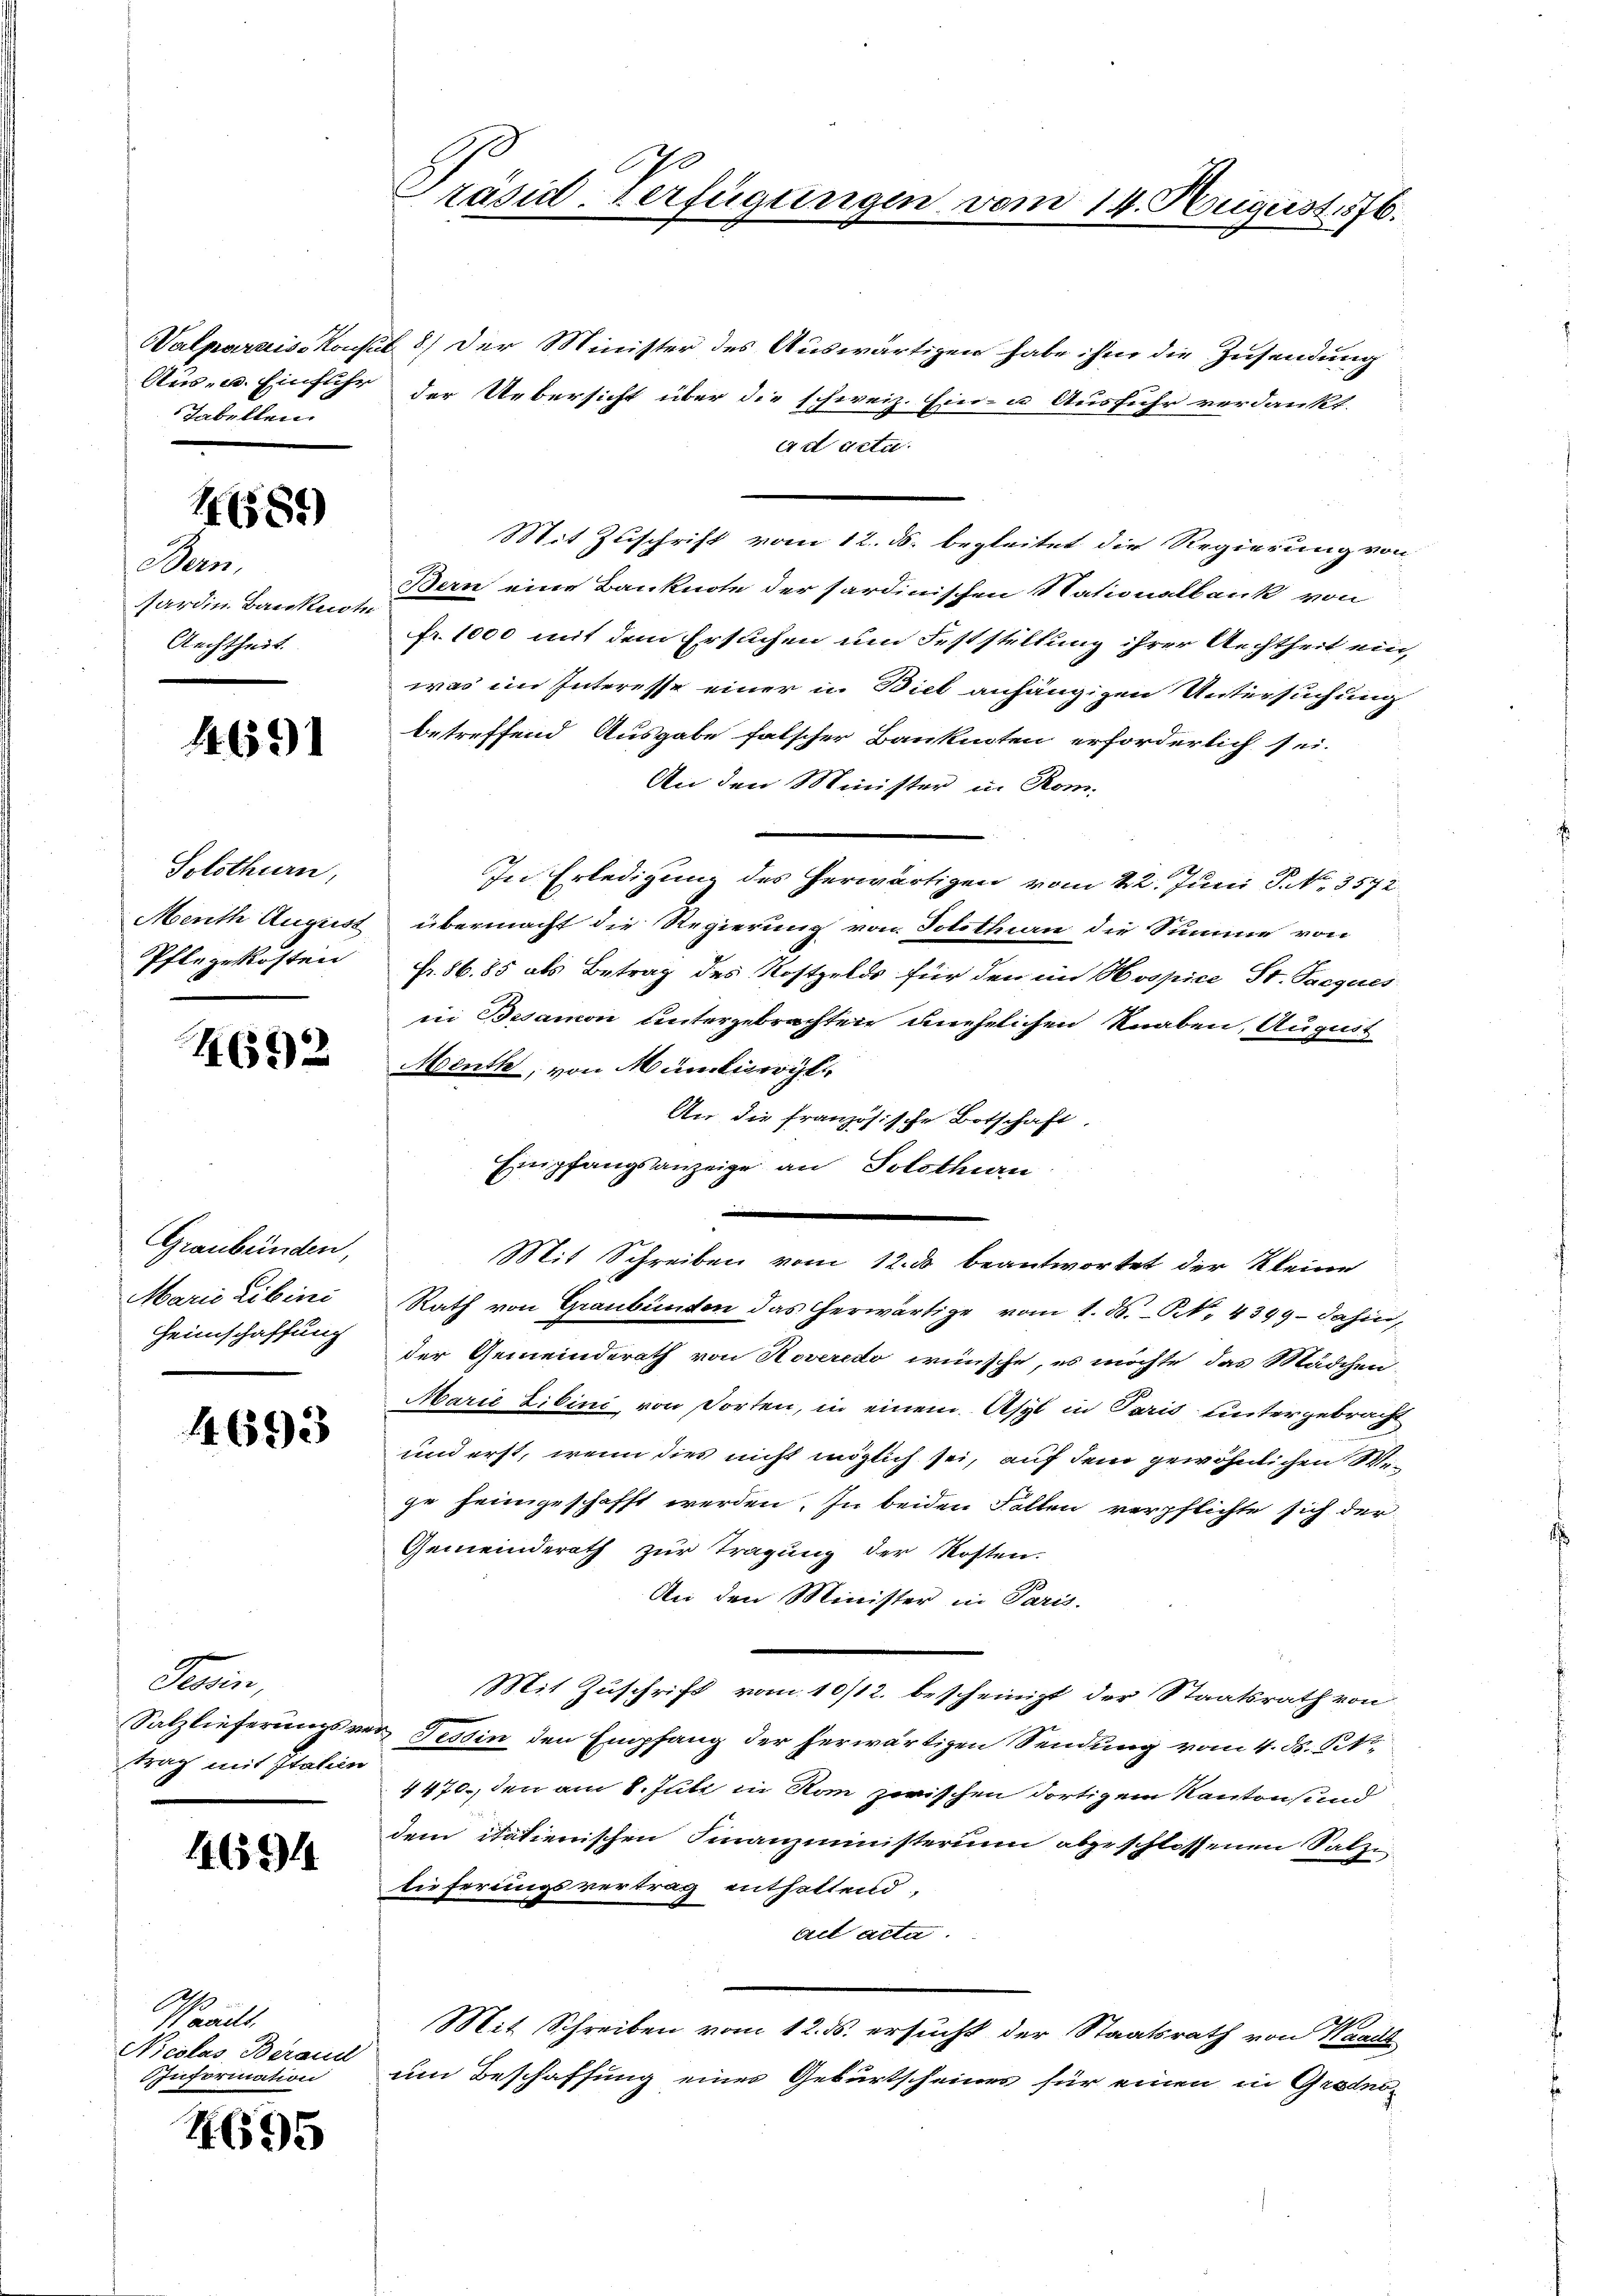
Valparariss Konsin
Aus- u. Einführ
Tabellen.

1681)

Bern.
ardin. Baukuch
Aechtheit.

4691

Solothurn,
Menth August
Pflegekosten

4692

Graubünden,
Marie Libini
Heimschaffung

4693

Farin,
Salzlieferungsve
trag mit Italien

4694

Pauls.
Nicolas Berand
IInformation

4695

G
Präsid. Verfügungen vom 14. August 1876.

8) Der Minister des Auswärtigen habe ihm die Zusendung
der Uebersicht über die schweiz. Ein- u Ausführ verdankt.
ad actu
Mit Zuschrift vom 12. ds. begleitet die Regierung von
Bern eine Banknote der Sardinischen Nationalbank von
fr. 1000 mit dem Ersuchen um Feststellung ihrer Rechtheit ein,
was im Interesse einer u. Biel anhängigen Untersuchung
betreffend Ausgabe falscher Banknoten erforderlich sei.
An den Minister in Rom.
In Erledigung des herwärtigen vom 22. Juni P. Nr. 3572.
übermacht die Regierung von Solothin die Summe von
Fr. 86. 85 als Betrag des Kostgelds für den im Hospice St. Jacques
in Besamon untergebrachten unehelichen Knaben, August
Menth, von Müntivergl
An die französische Botschaft.
Empfangsanzeige an Solothurn
Mit Schreiben vom 12. ds beantwortet der Kleine
Rath von Graubünden das herwärtige vom 1. ds. N. 4399 Jahin,
der Gemeinderath von Roveredo wünsche, es möchte das Mädchen
Marie Libini, von dorten, in einem Asyl in Paris untergebracht
und erst, wenn dies nicht möglich sei, auf dem gewöhnlichen Wige heimgeschafft werden. In beiden Fallen verpflichte sich der
Gemeinderath zur Tragung der Kosten.
An den Minister in Paris.
Mit Zuschrift vom 10/12. bescheinigt der Staatsrath von
Tessin den Empfang der herwärtigen Sendung vom 4. d. St
4470, den am 8. Juli in von zwischen dortigem Kantons und
dem itatienischen Finanzministerium abgeschlossenen Salzlieferungsvertrag enthaltend.
act acta.
1
Mit Schreiben vom 12. ds. ersucht der Staatsrath von Waadt
um Beschaffung eines Geburtscheines für einen in Gradno-